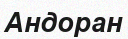
Андоран